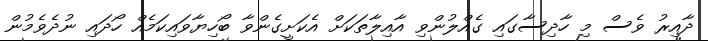
ދާއިރު ވެސް މި ހާދިސާގައި ގެއްލުންވި އާއިލާތަކަށް އެކަށީގެންވާ ބޯހިޔާވައިކަމެއް ހޯދައި ނުދެވެމުން